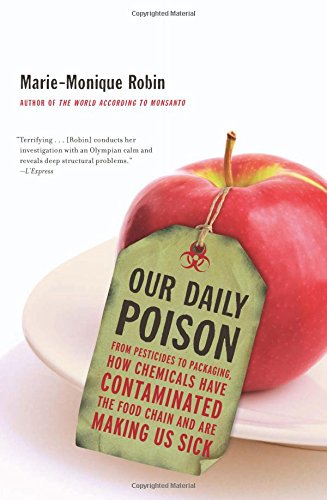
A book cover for Our Daily Poison: From Pesticides to Packaging, How Chemicals Have Contaminated the Food Chain and Are Making Us Sick; Marie-Monique Robin; Science & Math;